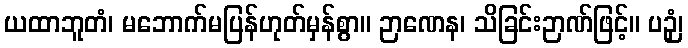
ယထာဘူတံ၊ မဘောက်မပြန်ဟုတ်မှန်စွာ။ ဉာဏေန၊ သိခြင်းဉာဏ်ဖြင့်။ ပဉှံ၊